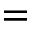
=